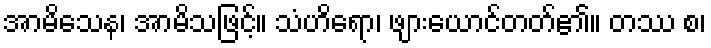
အာမိသေန၊ အာမိသဖြင့်။ သံဟိရော၊ ဖျားယောင်တတ်၏။ တဿ စ၊